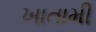
ખાતામી